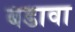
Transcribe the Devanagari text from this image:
बडावा